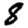
Digit: 8